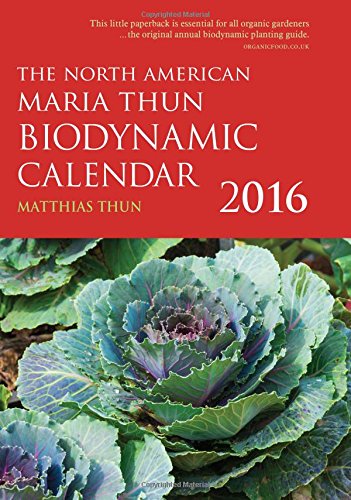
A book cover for The North American Maria Thun Biodynamic Calendar; Matthias K. Thun; Crafts, Hobbies & Home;